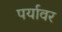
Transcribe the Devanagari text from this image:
पर्यावर